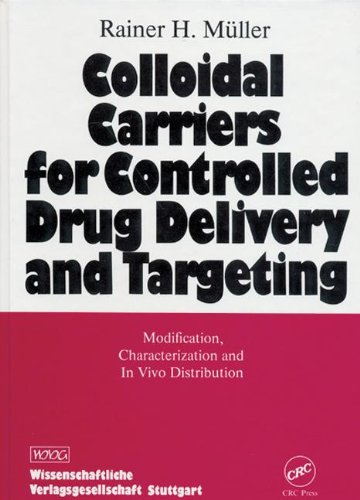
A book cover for Colloidal Carriers for Controlled Drug Delivery and Targeting: Modification, Characterization, and In Vivo Distribution; Muller; Medical Books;